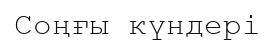
Соңғы күндері